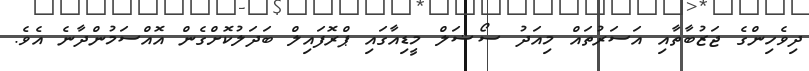
ދިވެހިންގެ ޖަޒުބާތާއި އަސަރުތައް މިއަދު ސޯޝަލް މީޑިއާގައި ޕްރޮފައިލް ބަދަލުކޮށްގެން އޮއްސަމުންދާނެ އެވެ.